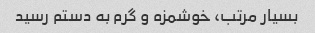
بسیار مرتب، خوشمزه و گرم به دستم رسید